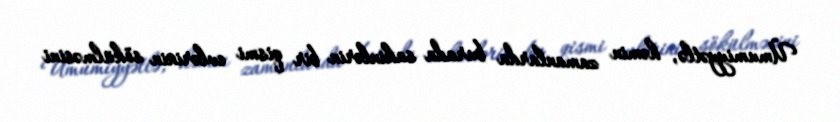
Ümumiyyətlə, həmin zamanlarda burada sakinlərin bir qismi evlərinin sökülməsini